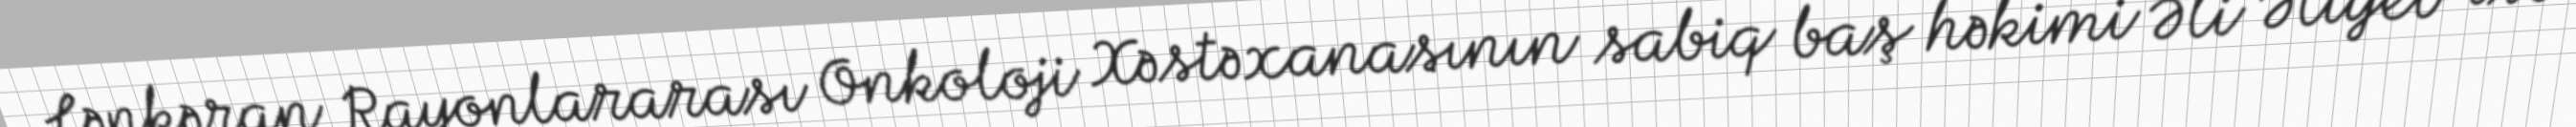
Lənkəran Rayonlararası Onkoloji Xəstəxanasının sabiq baş həkimi Əli Əliyev isə